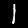
Label: 1